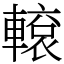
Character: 𨎊